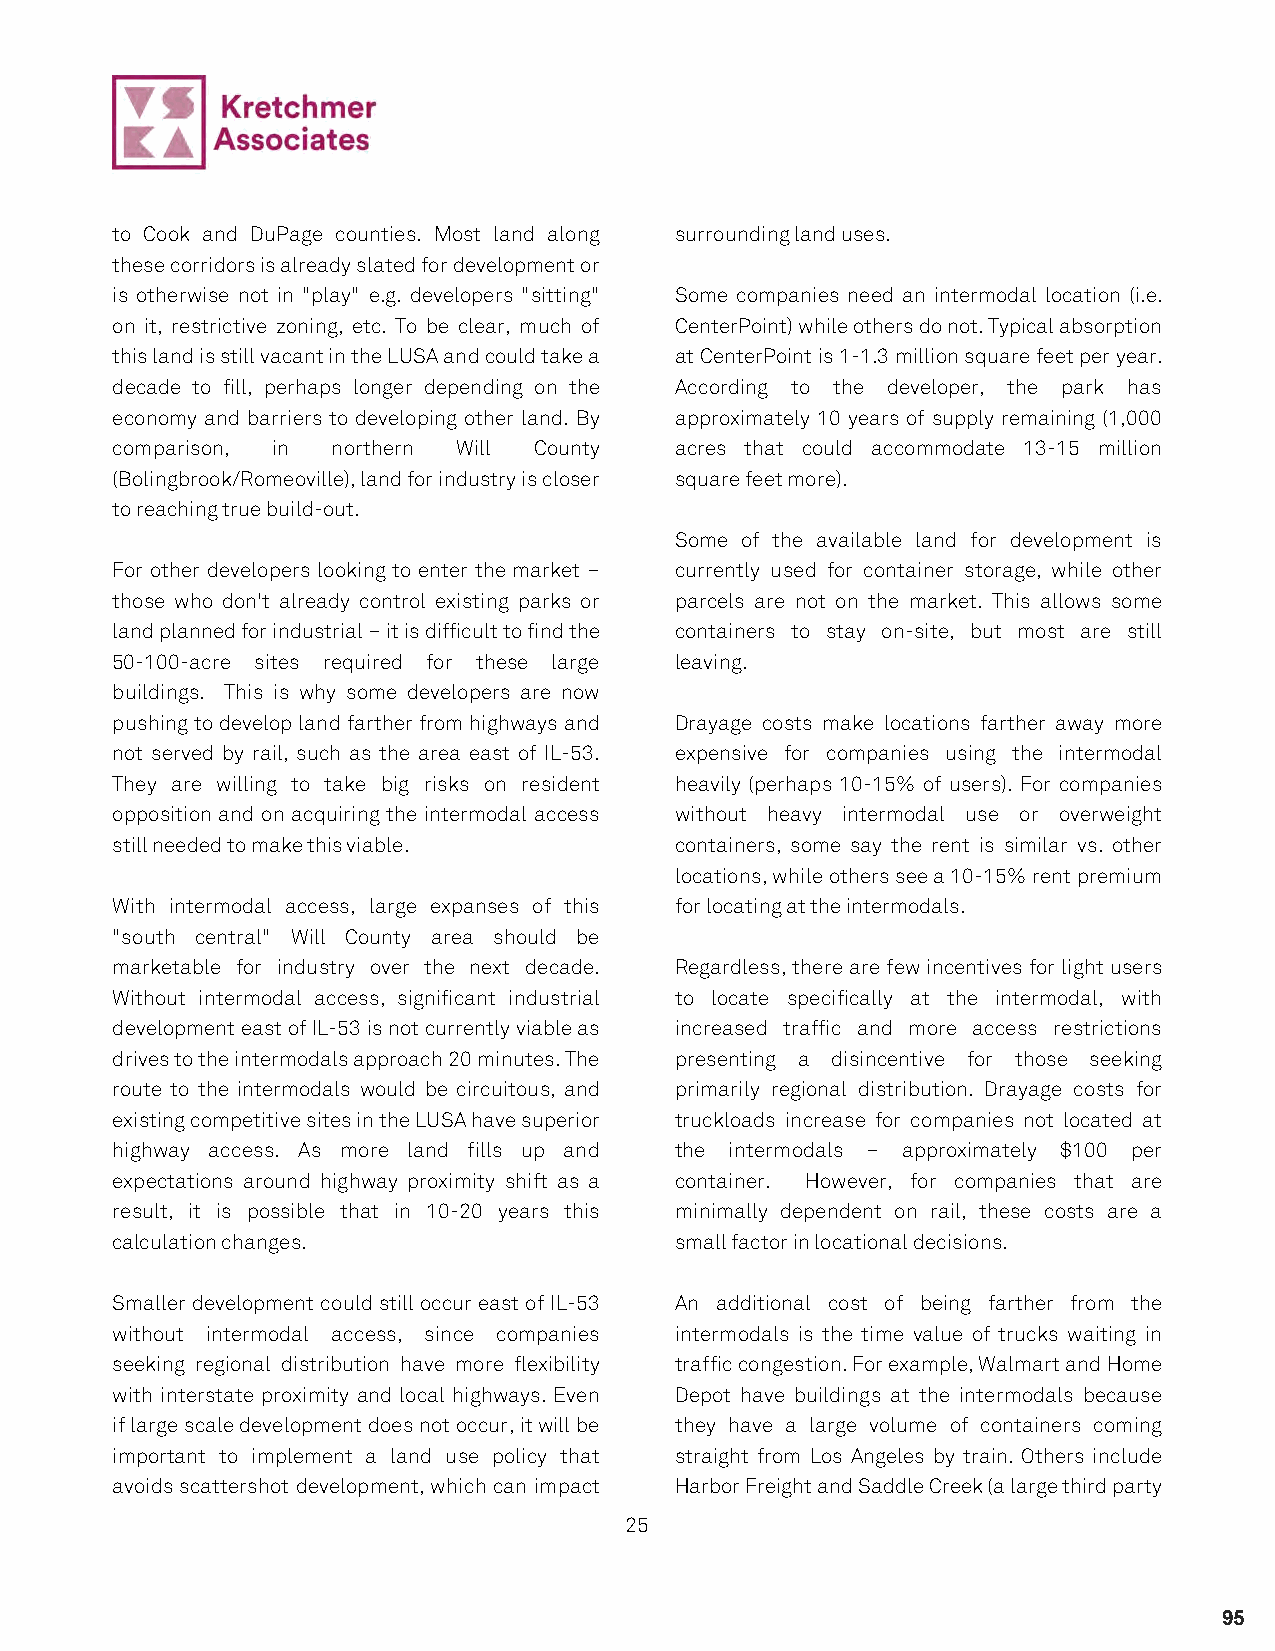
to Cook and DuPage counties. Most land along surrounding land uses.
 these corridors is already slated for development or
 is otherwise not in "play" e.g. developers "sitting" Some companies need an intermodal location (i.e.
 on it, restrictive zoning, etc. To be clear, much of CenterPoint) while others do not. Typical absorption
 this land is still vacant in the LUSA and could take a at CenterPoint is 1-1.3 million square feet per year.
 decade to fill, perhaps longer depending on the According to the developer, the park has
 economy and barriers to developing other land. By approximately 10 years of supply remaining (1,000
 comparison, in northern Will County   acres that could accommodate 13-15 million
 (Bolingbrook/Romeoville), land for industry is closer square feet more).
 to reaching true build-out.
 Some of the available land for development is
 For other developers looking to enter the market – currently used for container storage, while other
 those who don't already control existing parks or parcels are not on the market. This allows some
 land planned for industrial – it is difficult to find the containers to stay on-site, but most are still
 50-100-acre sites required for these large leaving.
 buildings. This is why some developers are now
 pushing to develop land farther from highways and Drayage costs make locations farther away more
 not served by rail, such as the area east of IL-53. expensive for companies using the intermodal
 They are willing to take big risks on resident heavily (perhaps 10-15% of users). For companies
 opposition and on acquiring the intermodal access without heavy intermodal use or overweight
 still needed to make this viable.     containers, some say the rent is similar vs. other
 locations, while others see a 10-15% rent premium
 With intermodal access, large expanses of this for locating at the intermodals.
 "south central" Will County area should be
 marketable for industry over the next decade. Regardless, there are few incentives for light users
 Without intermodal access, significant industrial to locate specifically at the intermodal, with
 development east of IL-53 is not currently viable as increased traffic and more access restrictions
 drives to the intermodals approach 20 minutes. The presenting a disincentive for those seeking
 route to the intermodals would be circuitous, and primarily regional distribution. Drayage costs for
 existing competitive sites in the LUSA have superior truckloads increase for companies not located at
 highway access. As more land fills up and the intermodals – approximately $100 per
 expectations around highway proximity shift as a container. However, for companies that are
 result, it is possible that in 10-20 years this minimally dependent on rail, these costs are a
 calculation changes.                  small factor in locational decisions.
 Smaller development could still occur east of IL-53 An additional cost of being farther from the
 without intermodal access, since companies intermodals is the time value of trucks waiting in
 seeking regional distribution have more flexibility traffic congestion. For example, Walmart and Home
 with interstate proximity and local highways. Even Depot have buildings at the intermodals because
 if large scale development does not occur, it will be they have a large volume of containers coming
 important to implement a land use policy that straight from Los Angeles by train. Others include
 avoids scattershot development, which can impact Harbor Freight and Saddle Creek (a large third party
 25
 95